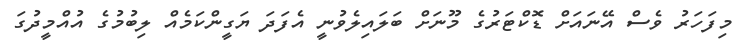
މިފަހަރު ވެސް އޭނައަށް ޑޮކްޓަރުގެ މޫނަށް ބަލައިލެވުނީ އެފަދަ ޔަގީންކަމެއް ލިބުމުގެ އުއްމީދުގަ